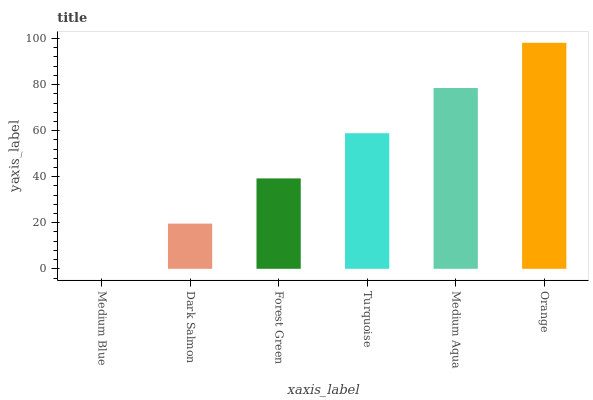
| xaxis_label | bars |
 | --- | --- |
 | Medium Blue | 0 |
 | Dark Salmon | 19.6 |
 | Forest Green | 39.3 |
 | Turquoise | 58.9 |
 | Medium Aqua | 78.5 |
 | Orange | 98.2 |